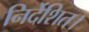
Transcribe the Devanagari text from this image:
निर्देशित।